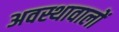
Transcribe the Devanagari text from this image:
अवस्थावालों